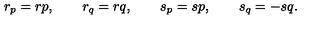
r _ { p } = r p , \qquad r _ { q } = r q , \qquad s _ { p } = s p , \qquad s _ { q } = - s q .